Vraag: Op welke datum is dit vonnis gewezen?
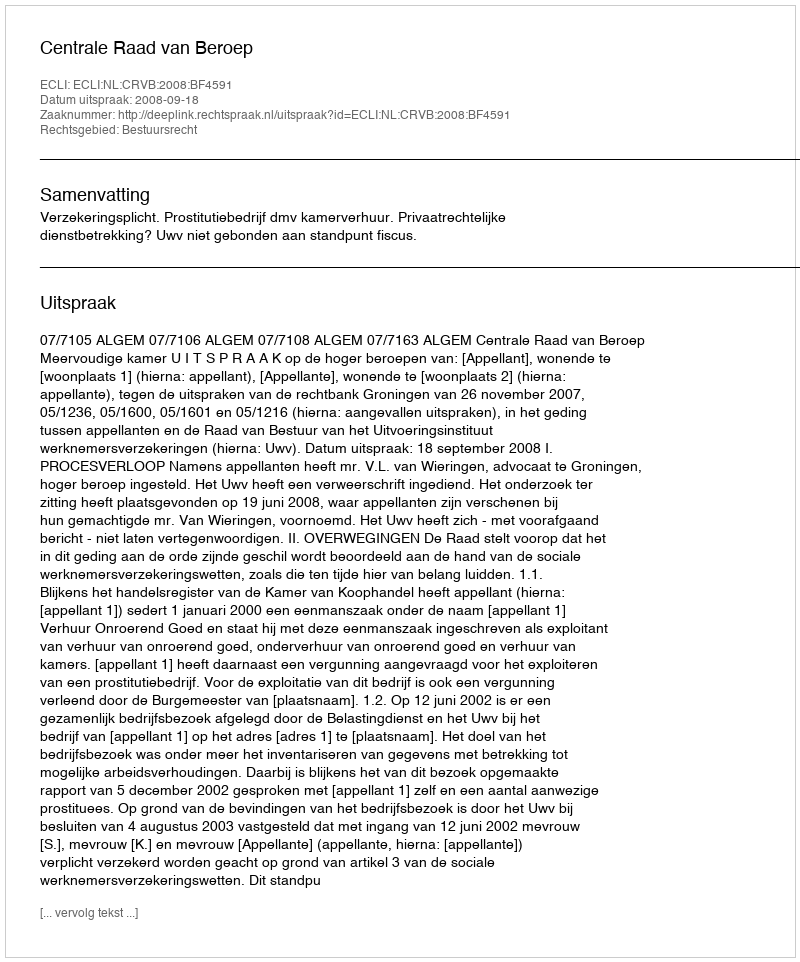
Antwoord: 2008-09-18